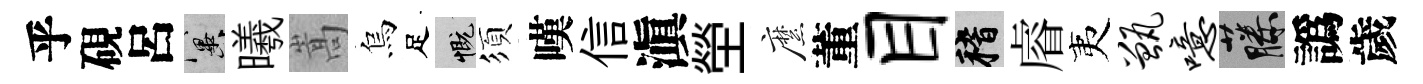
乎硯呂冀曦嵩烏足慨須嘆信滇塋縻董目稽𥈠夷甑噫藤譌歲